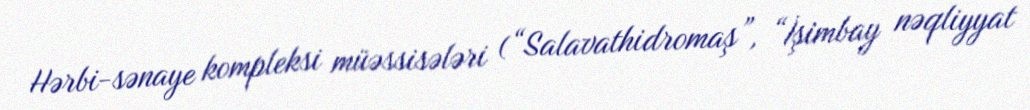
Hərbi-sənaye kompleksi müəssisələri (“Salavathidromaş”, “İşimbay nəqliyyat